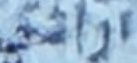
ازادي